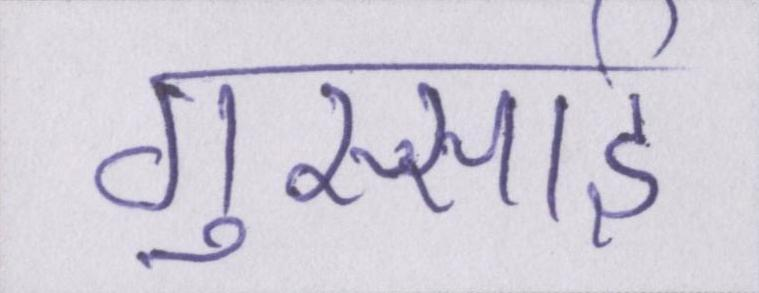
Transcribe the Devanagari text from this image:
गुस्साई